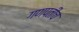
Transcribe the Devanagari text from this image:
गणपतीच